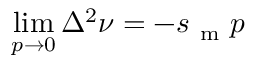
\operatorname* { l i m } _ { p \rightarrow 0 } \Delta ^ { 2 } \nu = - s _ { \mathrm { ~ m ~ } } p